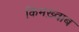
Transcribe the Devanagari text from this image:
किमख़्वाब